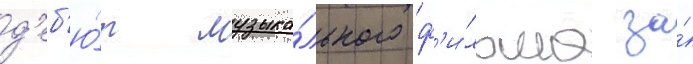
д'еб'ю́т музыка́льного ф'и́льма за́